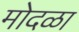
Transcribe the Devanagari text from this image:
मोदळा